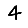
Digit: 4